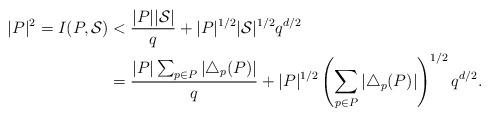
LaTeX: \begin{align*}|P|^2=I(P,\mathcal S)&<{\frac{|P||\mathcal S|}{q}+|P|^{1/2}|\mathcal S|^{1/2}q^{d/2}}\\&=\frac{|P|\sum_{p\in{P}}|\triangle_p(P)|}{q}+|P|^{1/2}\left(\sum_{p\in{P}}|\triangle_p(P)|\right)^{1/2}q^{d/2}.\end{align*}